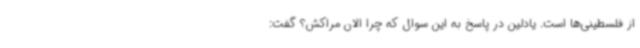
از فلسطینی‌ها است. یادلین در پاسخ به این سوال که چرا الان مراکش؟ گفت: